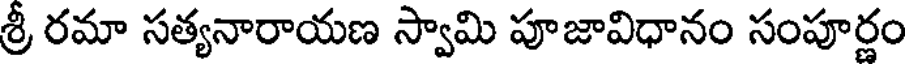
శ్రీ రమా సత్యనారాయణ స్వామి పూజావిధానం సంపూర్ణం